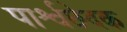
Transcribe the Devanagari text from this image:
पार्श्वछेदक